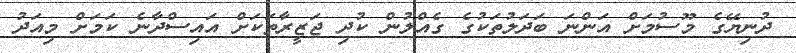
ދުނިޔޭގެ މޫސުމަށް އަންނަ ބަދަލުތަކުގެ ގެއްލުން ކުދި ޖަޒީރާތަކަށް އައިސްދާނެ ކަމަށް މިއަދު